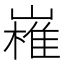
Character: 𭗔